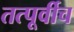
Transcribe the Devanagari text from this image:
तत्पूर्वीच